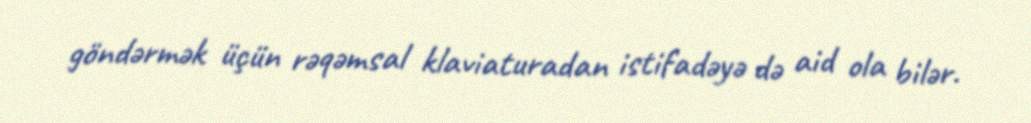
göndərmək üçün rəqəmsal klaviaturadan istifadəyə də aid ola bilər.